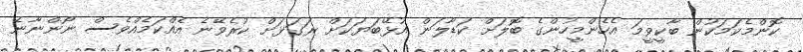
ކޮންމެކަމަކުން ބާކީވީމަ އެހެންމީހުންގެ ބޮލަށް ކަޑާލަން އުޅޭބަޔަކަށް ރަގަޅަށް ކުރެވޭނެ އެއްކަމެއްވެސް ނޯންނާނެ